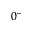
0 ^ { - }